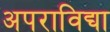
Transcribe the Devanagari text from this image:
अपराविद्या